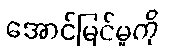
အောင်မြင်မှုကို